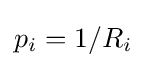
{\textstyle p_{i}=1/R_{i}}